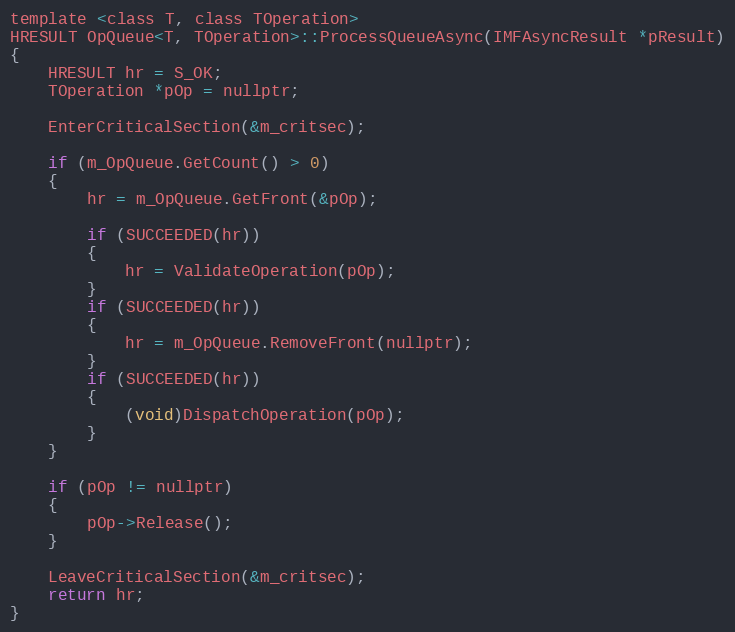
Language: C
template <class T, class TOperation>
HRESULT OpQueue<T, TOperation>::ProcessQueueAsync(IMFAsyncResult *pResult)
{
    HRESULT hr = S_OK;
    TOperation *pOp = nullptr;

    EnterCriticalSection(&m_critsec);

    if (m_OpQueue.GetCount() > 0)
    {
        hr = m_OpQueue.GetFront(&pOp);

        if (SUCCEEDED(hr))
        {
            hr = ValidateOperation(pOp);
        }
        if (SUCCEEDED(hr))
        {
            hr = m_OpQueue.RemoveFront(nullptr);
        }
        if (SUCCEEDED(hr))
        {
            (void)DispatchOperation(pOp);
        }
    }

    if (pOp != nullptr)
    {
        pOp->Release();
    }

    LeaveCriticalSection(&m_critsec);
    return hr;
}